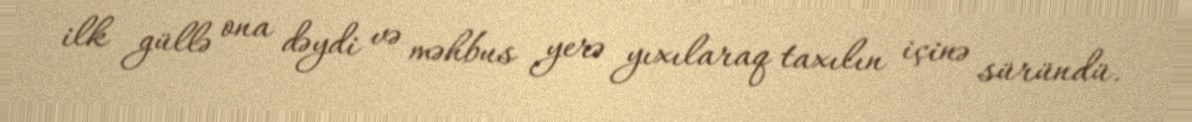
ilk güllə ona dəydi və məhbus yerə yıxılaraq taxılın içinə süründü.